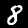
Label: 8